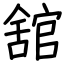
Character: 舘